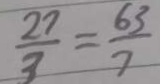
\frac { 2 7 } { 3 } = \frac { 6 3 } { 7 }